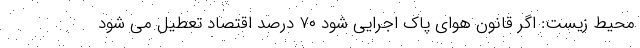
محیط زیست: اگر قانون هوای پاک اجرایی شود ۷۰ درصد اقتصاد تعطیل می شود